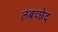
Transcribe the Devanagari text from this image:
लंबच्छेद